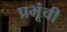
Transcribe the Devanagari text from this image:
प्रभूंची